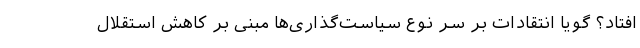
افتاد؟ گویا انتقادات بر سر نوع سیاست‌گذاری‌ها مبنی بر کاهش استقلال